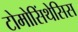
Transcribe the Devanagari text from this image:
टोमोसिंथेसिस